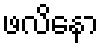
ဖလိနော